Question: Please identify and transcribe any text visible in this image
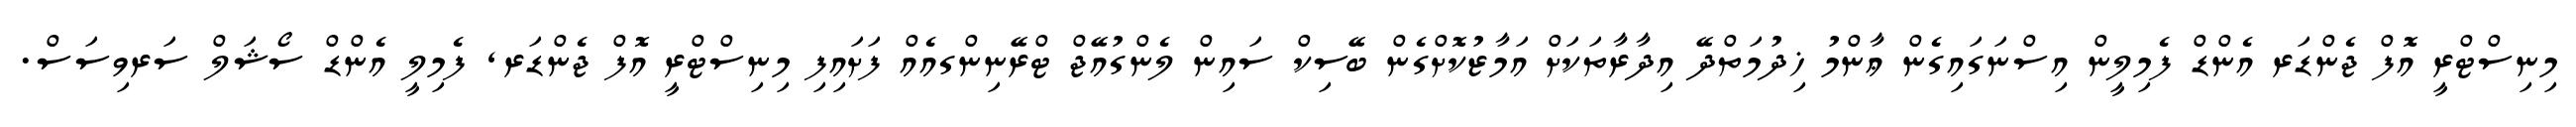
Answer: މިނިސްޓްރީ އޮފް ޖެންޑަރ އެންޑް ފެމިލީން އިސްނަގައިގެން ޢާންމު ޚިދުމަތްދޭ އިދާރާތަކަށް އަމާޒުކޮށްގެން ބޭސިކް ސައިން ލެންގުއޭޖް ޓްރޭނިންގއެއް ފަށައިފި މިނިސްޓްރީ އޮފް ޖެންޑަރ, ފެމިލީ އެންޑް ސޯޝަލް ސަރވިސަސް.